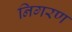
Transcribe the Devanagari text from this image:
निगरण